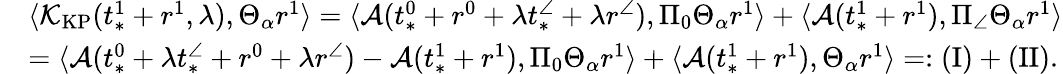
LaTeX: \begin{array}{rl}&{\langle\mathcal{K}_{\mathrm{KP}}(t_{*}^{1}+r^{1},\lambda),\Theta_{\alpha}r^{1}\rangle=\langle\mathcal{A}(t_{*}^{0}+r^{0}+\lambda t_{*}^{\angle}+\lambda r^{\angle}),\Pi_{0}\Theta_{\alpha}r^{1}\rangle+\langle\mathcal{A}(t_{*}^{1}+r^{1}),\Pi_{\angle}\Theta_{\alpha}r^{1}\rangle}\\ &{=\langle\mathcal{A}(t_{*}^{0}+\lambda t_{*}^{\angle}+r^{0}+\lambda r^{\angle})-\mathcal{A}(t_{*}^{1}+r^{1}),\Pi_{0}\Theta_{\alpha}r^{1}\rangle+\langle\mathcal{A}(t_{*}^{1}+r^{1}),\Theta_{\alpha}r^{1}\rangle=:\mathrm{(I)}+\mathrm{(II)}.}\end{array}